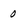
Character: 0